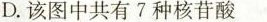
D.该图中共有7种核苷酸